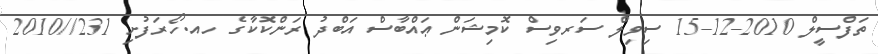
ތަފްސީލް 2010-12-15 ސިވިލް ސަރވިސް ކޮމިޝަން ޢައްބާސް އަބްދު ރަންކޮކާގެ ހއ.ހޯރަފުށި 231//2010